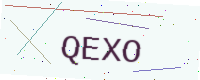
Text: QEXO